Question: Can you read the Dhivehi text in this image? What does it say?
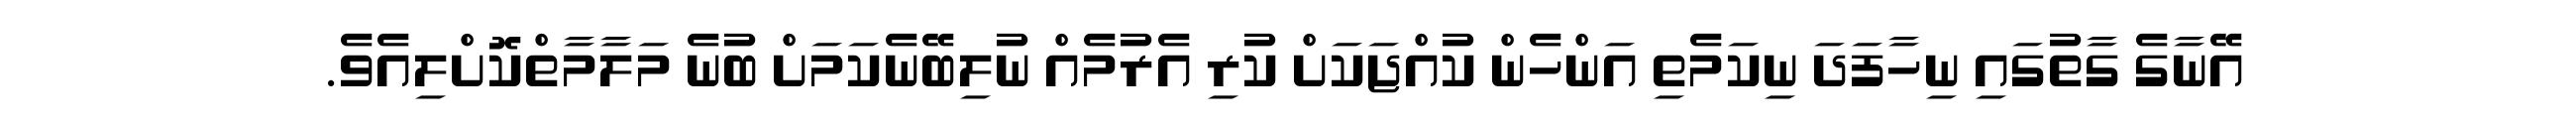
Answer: އޭނާގެ ގާތުގައި ނިހާފަދަ ނިކަމެތި އަންހެން ކުއްޖަކަށް ކުރި އެރުމެއް ނުލިބޭނެކަމަށް ބުނެ މަލާމާތްކޮށްލިއެވެ.